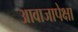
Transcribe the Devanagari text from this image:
आवाजापेक्षा